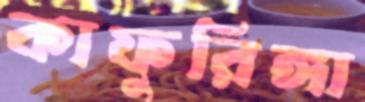
কাফুরিঙ্গা